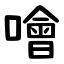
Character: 噲